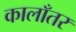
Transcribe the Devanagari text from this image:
कालाँतर